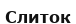
Слиток